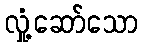
လှုံ့ဆော်သော